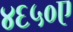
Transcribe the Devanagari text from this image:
४६५०ए